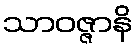
သာဝဇ္ဇာနိ